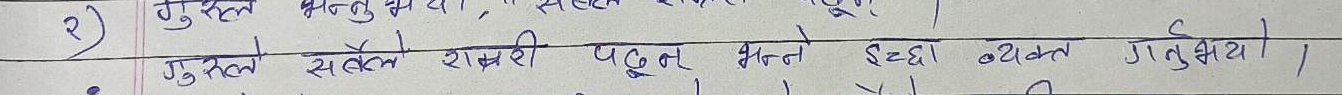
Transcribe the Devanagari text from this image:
गुकुलले सबैभन्दा राम्ररी पढ्ने इच्छा व्यक्त गर्नुभयो।